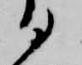
る